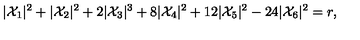
| { \cal X } _ { 1 } | ^ { 2 } + | { \cal X } _ { 2 } | ^ { 2 } + 2 | { \cal X } _ { 3 } | ^ { 3 } + 8 | { \cal X } _ { 4 } | ^ { 2 } + 1 2 | { \cal X } _ { 5 } | ^ { 2 } - 2 4 | { \cal X } _ { 6 } | ^ { 2 } = r ,